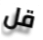
قل